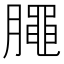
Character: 𣎜